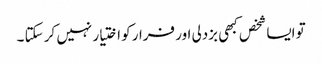
تو ایسا شخص کبھی بزدلی اور فرار کو اختیار نہیں کر سکتا ۔